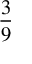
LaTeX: \frac { 3 } { 9 }